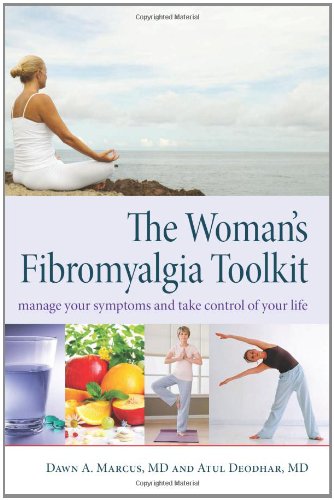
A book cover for The Woman's Fibromyalgia Toolkit: Manage Your Symptoms and Take Control of Your Life; Dawn A. Marcus; Health, Fitness & Dieting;